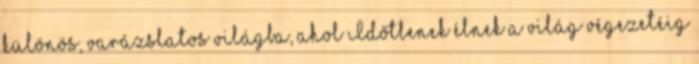
különös, varázslatos világba, ahol Időtlenek élnek a világ végezetéig